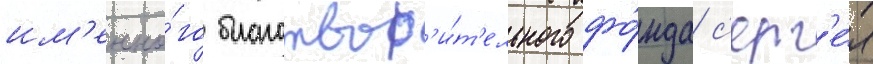
им'енно́го благотвор'и́т'ельного фо́нда с'ерг'е́я